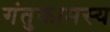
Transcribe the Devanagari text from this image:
गंतुकामस्य